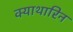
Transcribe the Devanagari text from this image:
क्याथारिन